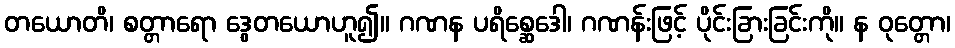
တယောတိ၊ စတ္တာရော ဒွေတယောဟူ၍။ ဂဏန ပရိစ္ဆေဒေါ၊ ဂဏန်းဖြင့် ပိုင်းခြားခြင်းကို။ န ဝုတ္တော၊